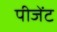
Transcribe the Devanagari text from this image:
पीजेंट